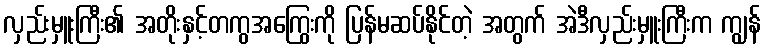
လှည်းမှူးကြီး၏ အတိုးနှင့်တကွအကြွေးကို ပြန်မဆပ်နိုင်တဲ့ အတွက် အဲဒီလှည်းမှူးကြီးက ကျွန်